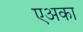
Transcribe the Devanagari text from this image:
एअका